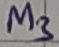
Text: M3